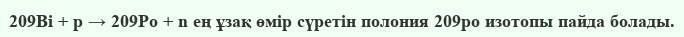
209Bi + p → 209Po + n ең ұзақ өмір сүретін полония 209po изотопы пайда болады.